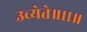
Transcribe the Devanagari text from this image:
उच्येते॥११॥